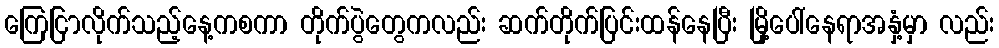
ကြေငြာလိုက်သည့်နေ့ကစကာ တိုက်ပွဲတွေကလည်း ဆက်တိုက်ပြင်းထန်နေပြီး မြို့ပေါ်နေရာအနှံ့မှာ လည်း